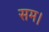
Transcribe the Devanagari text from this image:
सम।